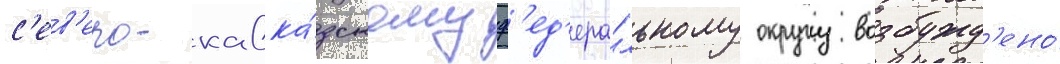
с'ев'еро-кавка́зскому ф'ед'ера́льному округу возбужд'ено́